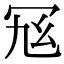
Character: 𠖂